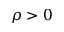
\rho > 0